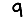
Digit: 9